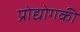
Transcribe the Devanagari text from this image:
प्रोद्योगकी